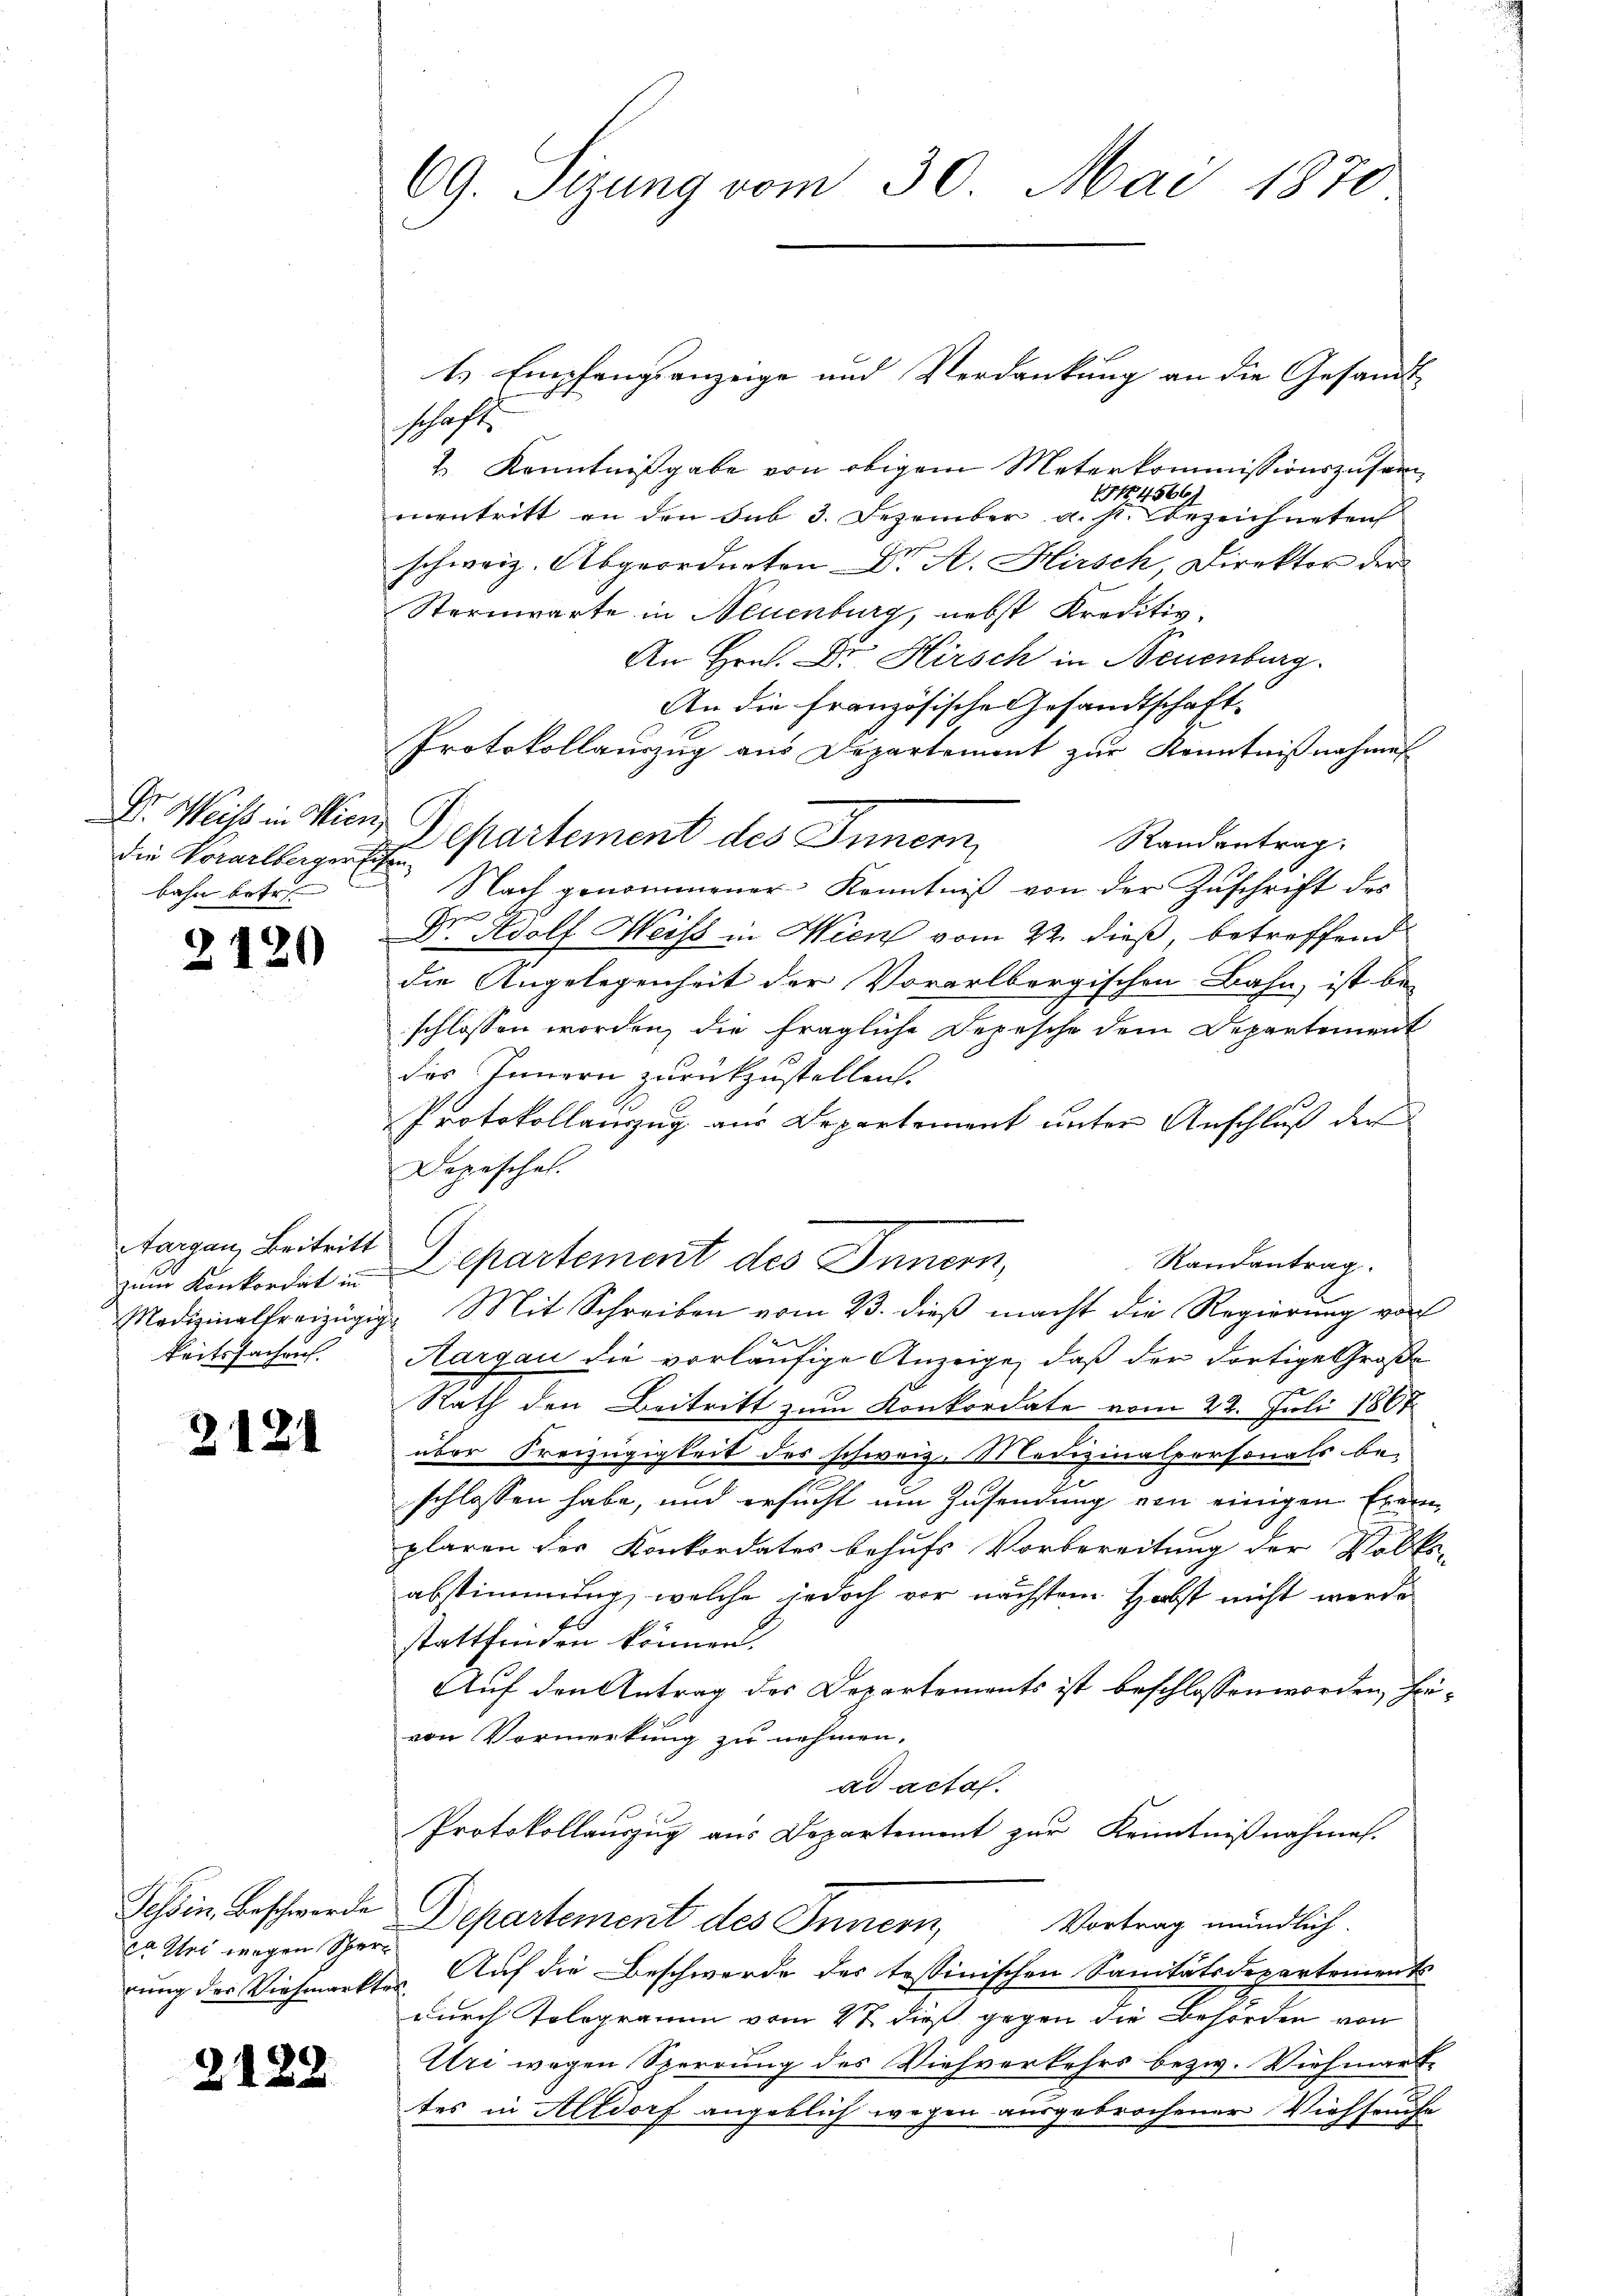
Dr. Weisch in Wien,
die Vorarlberger sehen.
bahn betr.

2120

Aargau, Beitritt
zum Konkordat in
keitssachrich

2121

ca sei wegen Scher

2128

69. Sizung vom 30. Mai 1870

l Empfangsanzeige und Verdankung an die Gesandt-
schaft.
2. Kenntnißgabe von obigem Meterkommissionszusam¬
114566)
mentritt an den sub 3. Dezember a. s. bezeichneten
schweiz. Abgeordneten Dr. A. Hirsch, Direktor der
Sternwarte in Neuenburg, nebst Kreditiv.
An Hrn. Dr. Hirsch in Neuenburg.
An die Französische Gesandtschaft-
Protokollauszug aus Departement zur Kenntnißnahmen
Departement des Innern,
Randantrag.
Nach genommener Kenntniß von der Zuschrift des
Se
D. Adolf Weiss in Wien vom 22. dieß, betreffend
die Angelegenheit der Vorarlbergischen Bahn, ist be-
schlossen worden, die fragliche Depesche dem Departement
das Innern zurückzustellen.
Protokollauszug aus Departement unter Anschluß der
Depeschel.
Departement des Innern,
Randantrag
Medizinalfreizügig. Mit Schreiben vom 23. dieß macht die Regierung von
Aargau die vorläufige Anzeige, daß der dortige Große
Rath den Beitritt zum Konkordate vom 22. Juli 1867
über Freizügigkeit des schweiz. Medizinalpersonals be-
schlossen habe, und ersucht um Zusendung von einigen Ernenplaren der Konkordates behufs Vorbereitung der Volks-
abstimmung, welche jedoch vor nächstem Herbst nicht werde
stattfinden können.
Auf den Antrag des Departements ist beschlossen worden, heivon Vormerkung zu nehmen.
ad acta.
Protokollauszug aus Departement zur Kenntnißnahme.
Schin Beschwerde Departement des Innern,
Vortrag mündlich.
rung des Viehmarktes. Auf die Beschwerde des tessinischen Sanitätsdepartements
durch Tologramm vom 27. dieß gegen die Behörden von
Uri wegen Sperrung des Viehverkehrs bezw. Viehmark
tes in Altdorf angeblich wegen ausgebrochener Viehhause